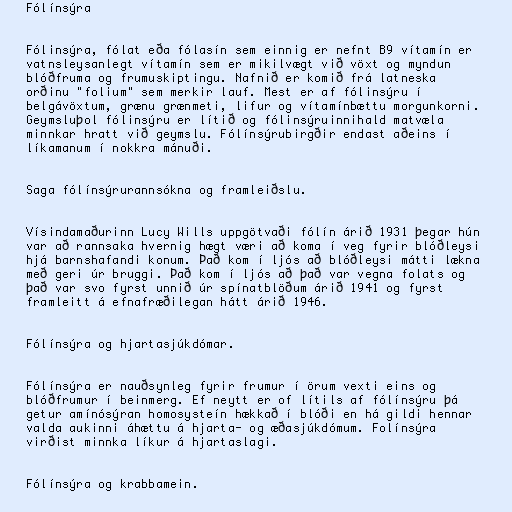
Fólínsýra

Fólinsýra, fólat eða fólasín sem einnig er nefnt B9 vítamín er
vatnsleysanlegt vítamín sem er mikilvægt við vöxt og myndun
blóðfruma og frumuskiptingu. Nafnið er komið frá latneska
orðinu "folium" sem merkir lauf. Mest er af fólinsýru í
belgávöxtum, grænu grænmeti, lifur og vítamínbættu morgunkorni.
Geymsluþol fólinsýru er lítið og fólinsýruinnihald matvæla
minnkar hratt við geymslu. Fólínsýrubirgðir endast aðeins í
líkamanum í nokkra mánuði.

Saga fólínsýrurannsókna og framleiðslu.

Vísindamaðurinn Lucy Wills uppgötvaði fólín árið 1931 þegar hún
var að rannsaka hvernig hægt væri að koma í veg fyrir blóðleysi
hjá barnshafandi konum. Það kom í ljós að blóðleysi mátti lækna
með geri úr bruggi. Það kom í ljós að það var vegna folats og
það var svo fyrst unnið úr spínatblöðum árið 1941 og fyrst
framleitt á efnafræðilegan hátt árið 1946.

Fólínsýra og hjartasjúkdómar.

Fólínsýra er nauðsynleg fyrir frumur í örum vexti eins og
blóðfrumur í beinmerg. Ef neytt er of lítils af fólínsýru þá
getur amínósýran homosysteín hækkað í blóði en há gildi hennar
valda aukinni áhættu á hjarta- og æðasjúkdómum. Folínsýra
virðist minnka líkur á hjartaslagi.

Fólínsýra og krabbamein.